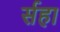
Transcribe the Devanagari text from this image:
र्सहा